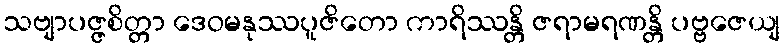
သဗျာပဇ္ဇစိတ္တာ ဒေဝမနုဿပူဇိတော ကာရိဿန္တိ ဇရာမရဏန္တိ ပဗ္ဗဇေယျ